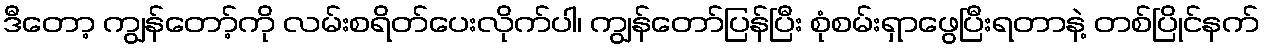
ဒီတော့ ကျွန်တော့်ကို လမ်းစရိတ်ပေးလိုက်ပါ၊ ကျွန်တော်ပြန်ပြီး စုံစမ်းရှာဖွေပြီးရတာနဲ့ တစ်ပြိုင်နက်